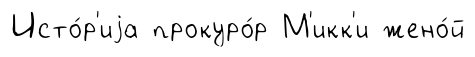
Исто́р'иjа прокуро́р М'икк'и жено́й